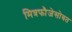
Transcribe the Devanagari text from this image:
मित्रफौजेसोबत